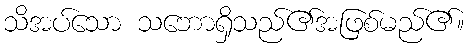
သိအပ်သော သဘောရှိသည်၏အဖြစ်မည်၏။